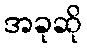
အခုဆို